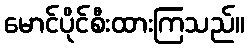
မောင်ပိုင်စီးထားကြသည်။